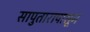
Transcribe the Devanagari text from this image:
सापुतारापासून